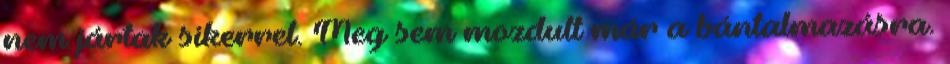
nem jártak sikerrel. Meg sem mozdult már a bántalmazásra.